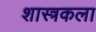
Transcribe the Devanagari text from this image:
शास्त्रकला